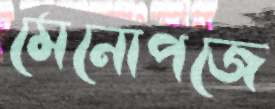
মেনোপজে